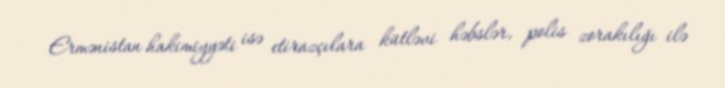
Ermənistan hakimiyyəti isə etirazçılara kütləvi həbslər, polis zorakılığı ilə